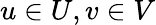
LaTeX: u\in U,v\in V